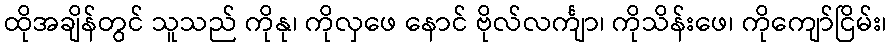
ထိုအချိန်တွင် သူသည် ကိုနု၊ ကိုလှဖေ နောင် ဗိုလ်လင်္ကျာ၊ ကိုသိန်းဖေ၊ ကိုကျော်ငြိမ်း၊